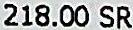
218.00 SR